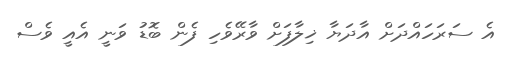
އެ ސަރަހައްދަށް އާދަޔާ ޚިލާފަށް ވާރޭވެހި ފެން ބޮޑު ވަނީ އެއީ ވެސް